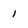
Character: 1